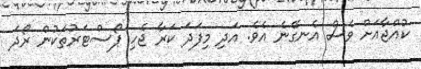
ކުއްޖާއަށް ވެސް އެނގޭނެ އެވެ. އަދި މިފަދަ ކަރާ ޖެހި ޕޯސްޓަރުތަކުން ރޯދަ